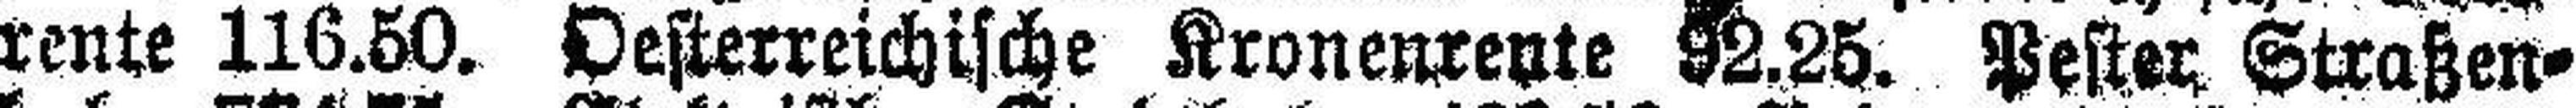
rente 116.50. Oesterreichische Kronenrente 92.25. Pester Straßen¬